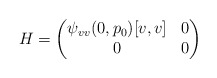
\begin{align*}H = \begin{pmatrix}\psi_{vv}(0,p_0)[v,v]& 0\\ 0&0\end{pmatrix}\end{align*}